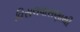
વિસલવાસણાથી